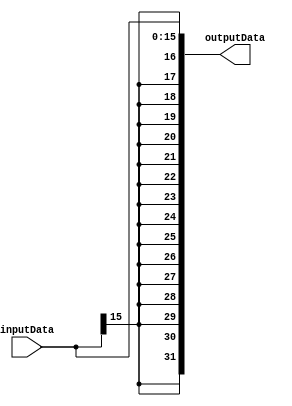
module SignExtender16to32(inputData, outputData);
  
  input[15:0] inputData;
  output[31:0] outputData;
  reg [31:0] outputData;
  
  always@(inputData)
    begin
      
      outputData[15:0]  = inputData[15:0];
      outputData[31:16] = {16{inputData[15]}};
      
    end
endmodule

/*module	signextest();
				reg	[15:0]	in;
				
				
			
				wire [31:0]out;
				initial	begin
							in=26;
								
								#10	$display	("%d",	out);
							
								
								
									//$display	("%d",	OUT2);	
				end
				always@(in);
				SignExtender16to32	ctest(in,out);
endmodule*/